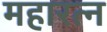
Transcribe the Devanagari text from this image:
महारत्‍न